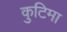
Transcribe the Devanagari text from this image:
कुटिमा